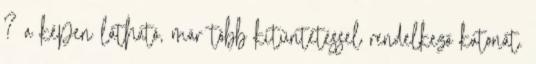
? a képen látható, már több kitüntetéssel rendelkező katonát.